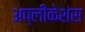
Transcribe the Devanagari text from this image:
अप्लीकेशंस